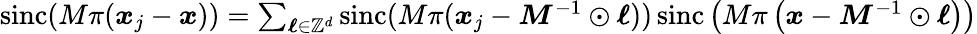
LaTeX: \begin{array}{r}{\mathrm{sinc}(M\pi(\boldsymbol x_{j}-\boldsymbol x))=\sum_{\boldsymbol\ell\in\mathbb Z^{d}}\mathrm{sinc}(M\pi(\boldsymbol x_{j}-\boldsymbol M^{-1}\odot{\boldsymbol\ell}))\, \mathrm{sinc}\left(M\pi\left(\boldsymbol x-\boldsymbol M^{-1}\odot{\boldsymbol\ell}\right)\right)}\end{array}